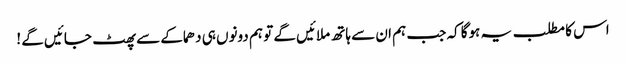
اس کا مطلب یہ ہوگا کہ جب ہم ان سے ہاتھ ملائیں گے تو ہم دونوں ہی دھماکے سے پھٹ جائیں گے !